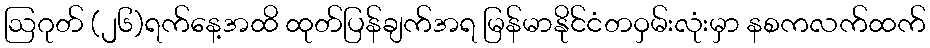
ဩဂုတ် (၂၆)ရက်နေ့အထိ ထုတ်ပြန်ချက်အရ မြန်မာနိုင်ငံတဝှမ်းလုံးမှာ နစကလက်ထက်